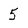
Character: 5